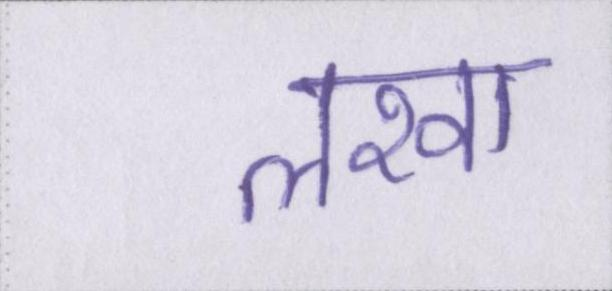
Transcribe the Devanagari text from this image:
लखा